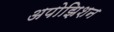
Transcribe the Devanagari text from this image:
अपोझिशन